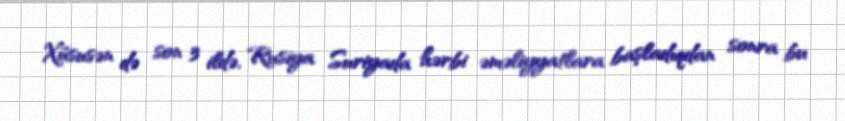
Xüsusən də son 3 ildə, Rusiya Suriyada hərbi əməliyyatlara başladıqdan sonra bu